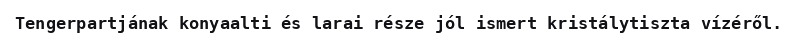
Tengerpartjának konyaalti és larai része jól ismert kristálytiszta vízéről.